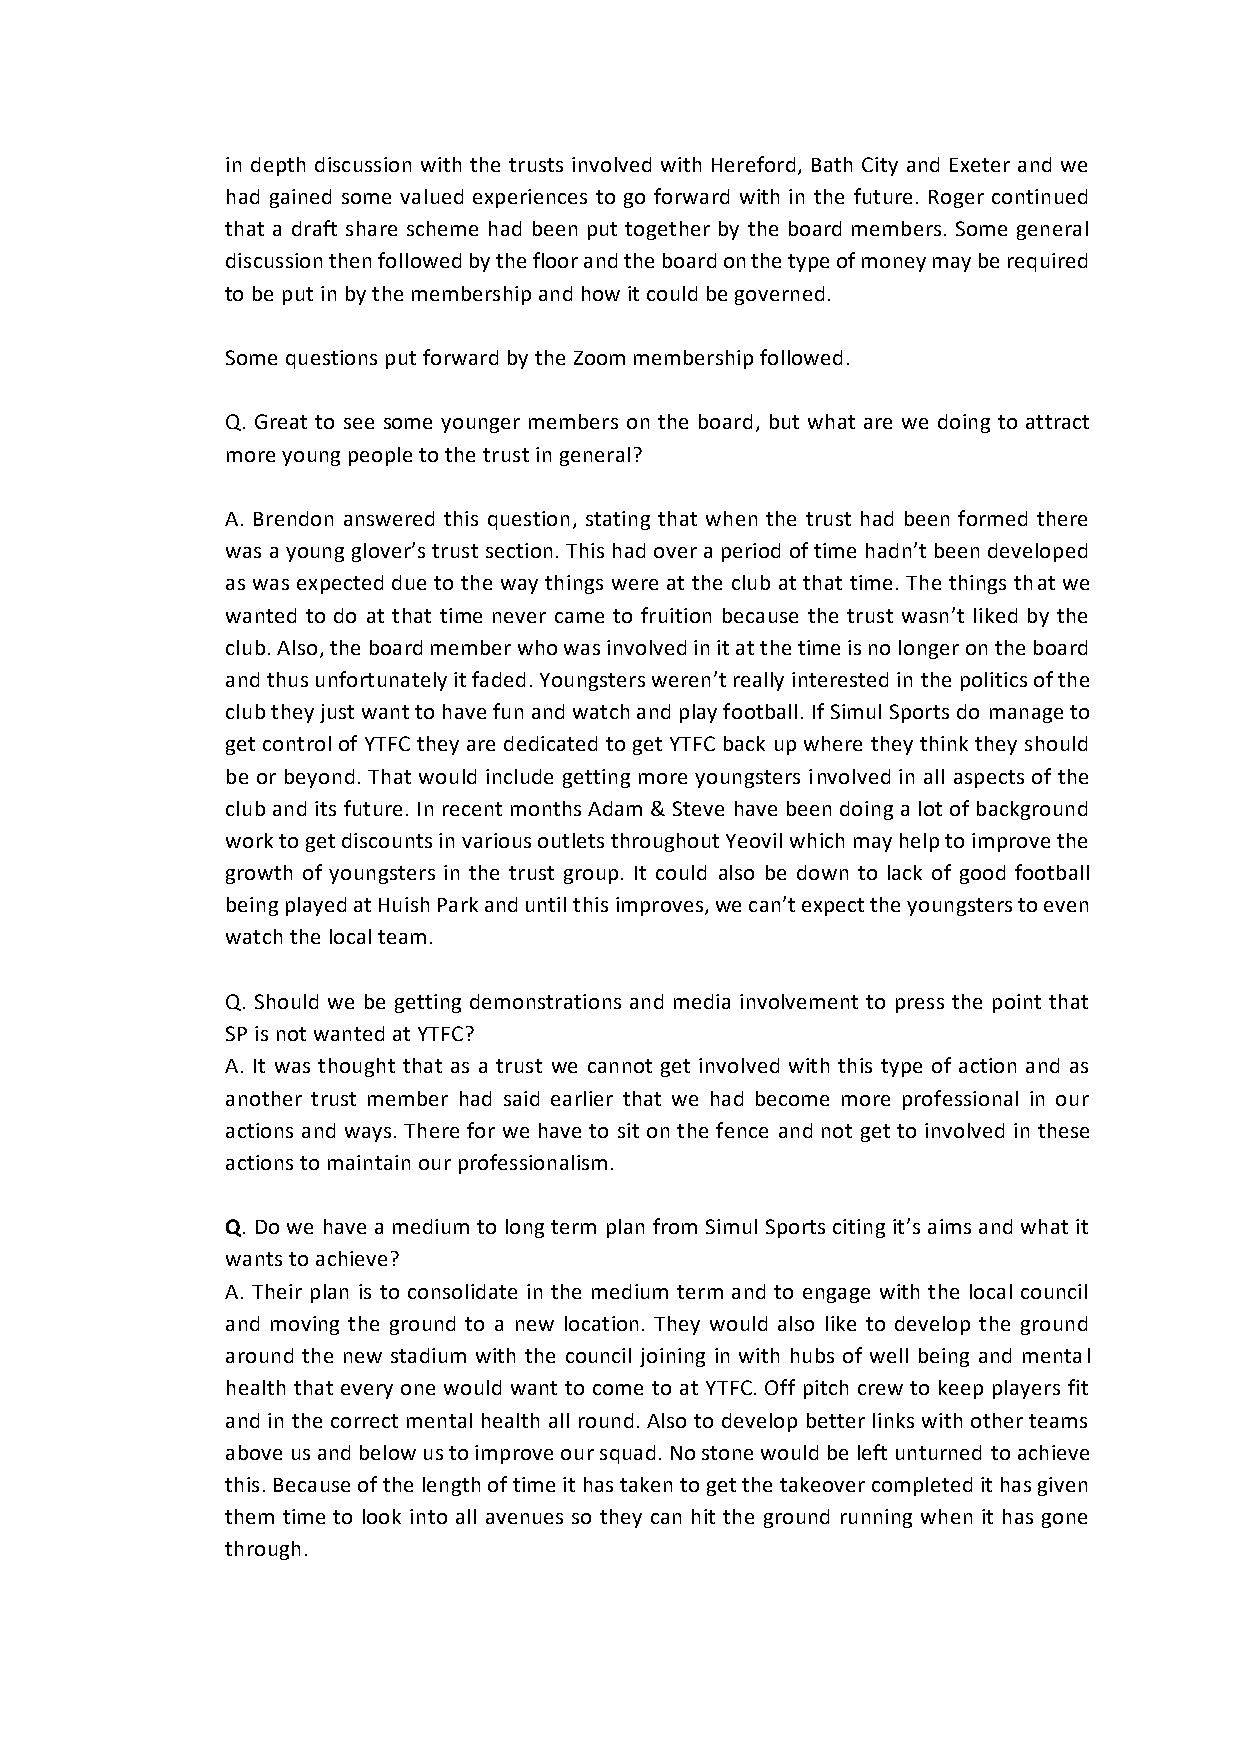
in depth discussion with the trusts involved with Hereford, Bath City and Exeter and we
 had gained some valued experiences to go forward with in the future. Roger continued
 that a draft share scheme had been put together by the board members. Some general
 discussion then followed by the floor and the board on the type of money may be required
 to be put in by the membership and how it could be governed.
 Some questions put forward by the Zoom membership followed.
 Q. Great to see some younger members on the board, but what are we doing to attract
 more young people to the trust in general?
 A. Brendon answered this question, stating that when the trust had been formed there
 was a young glover’s trust section. This had over a period of time hadn’t been developed
 as was expected due to the way things were at the club at that time. The things that we
 wanted to do at that time never came to fruition because the trust wasn’t liked by the
 club. Also, the board member who was involved in it at the time is no longer on the board
 and thus unfortunately it faded. Youngsters weren’t really interested in the politics of the
 club they just want to have fun and watch and play football. If Simul Sports do manage to
 get control of YTFC they are dedicated to get YTFC back up where they think they should
 be or beyond. That would include getting more youngsters involved in all aspects of the
 club and its future. In recent months Adam & Steve have been doing a lot of background
 work to get discounts in various outlets throughout Yeovil which may help to improve the
 growth of youngsters in the trust group. It could also be down to lack of good football
 being played at Huish Park and until this improves, we can’t expect the youngsters to even
 watch the local team.
 Q. Should we be getting demonstrations and media involvement to press the point that
 SP is not wanted at YTFC?
 A. It was thought that as a trust we cannot get involved with this type of action and as
 another trust member had said earlier that we had become more professional in our
 actions and ways. There for we have to sit on the fence and not get to involved in these
 actions to maintain our professionalism.
 Q. Do we have a medium to long term plan from Simul Sports citing it’s aims and what it
 wants to achieve?
 A. Their plan is to consolidate in the medium term and to engage with the local council
 and moving the ground to a new location. They would also like to develop the ground
 around the new stadium with the council joining in with hubs of well being and mental
 health that every one would want to come to at YTFC. Off pitch crew to keep players fit
 and in the correct mental health all round. Also to develop better links with other teams
 above us and below us to improve our squad. No stone would be left unturned to achieve
 this. Because of the length of time it has taken to get the takeover completed it has given
 them time to look into all avenues so they can hit the ground running when it has gone
 through.